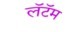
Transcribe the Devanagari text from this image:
लॅटॅम